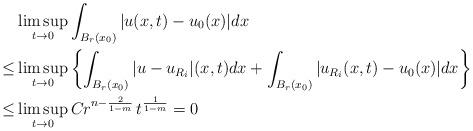
LaTeX: \begin{align*}&\limsup_{t\to0} \int_{B_r(x_0)} |u(x,t)-u_0(x)|dx\\\leq&\limsup_{t\to0}\left\{\int_{B_r(x_0)} |u-u_{R_i}|(x,t)dx+ \int_{B_r(x_0)} |u_{R_i}(x,t)-u_0(x)|dx \right\}\\\leq&\limsup_{t\to0} Cr^{n-\frac{2}{1-m}}\,t^{\frac{1}{1-m}}=0\end{align*}